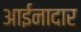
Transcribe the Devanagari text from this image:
आईनादार